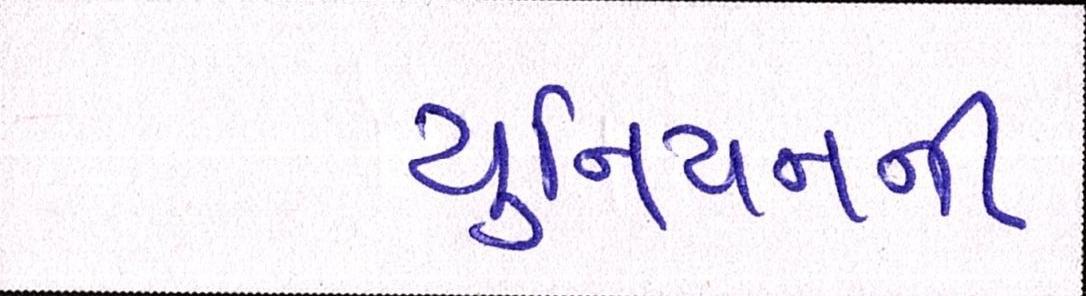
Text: યુનિયનની